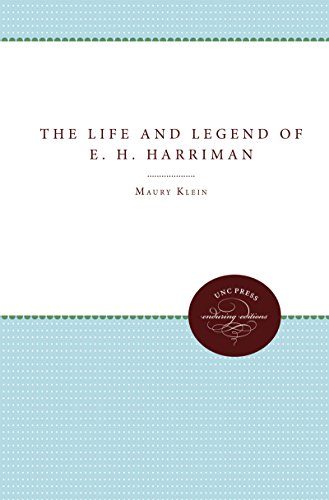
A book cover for The Life and Legend of E. H. Harriman; Maury Klein; Engineering & Transportation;